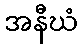
အနီဃံ